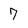
Character: 7